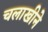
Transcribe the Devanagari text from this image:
चलाखीने